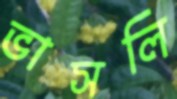
ভাসলি